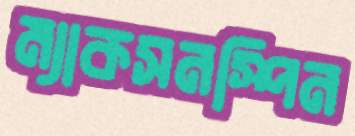
ম্যাকসনস্পিন